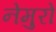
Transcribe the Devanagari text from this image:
नेमुरो